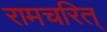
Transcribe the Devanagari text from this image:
रामचरित्